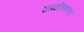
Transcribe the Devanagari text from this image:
छायाचित्रणाचा